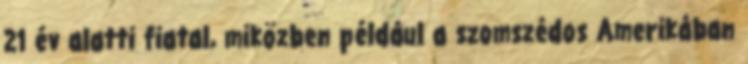
21 év alatti fiatal, miközben például a szomszédos Amerikában